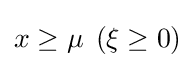
x\geq \mu \,\;(\xi \geq 0)